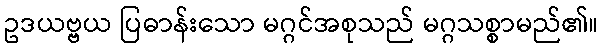
ဥဒယဗ္ဗယ ပြဓာန်းသော မဂ္ဂင်အစုသည် မဂ္ဂသစ္စာမည်၏။